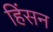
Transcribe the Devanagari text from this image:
हिंसन